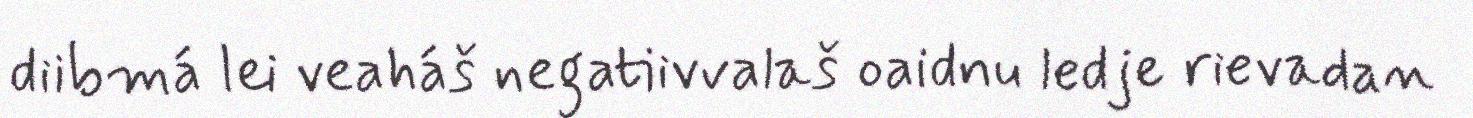
diibmá lei veaháš negatiivvalaš oaidnu ledje rievadan